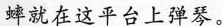
蟀就在这平台上弹琴。